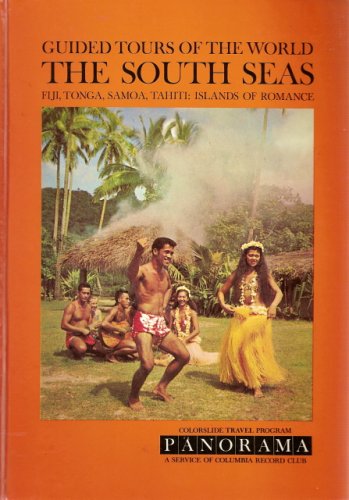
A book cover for Guided Tours of the World : The South Seas : Fiji, Tonga, Samoa, Tahiti : Islands of Romance; Columbia Record Club; Travel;